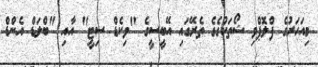
މިއަހަރުގެ ފްލޮޕްވި ޝޯތަކުގެގެ ތެރޭގައި އޭބީސީގެ "ވިކެޑް ސިޓީ" އާއި "ބްލަޑް އެންޑް